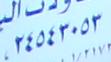
٢ ٤ ٥ ٤ ٣ . ٥ ٣